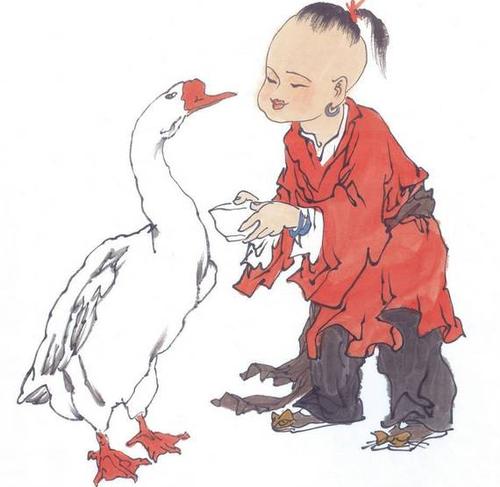
志，气之帅也。